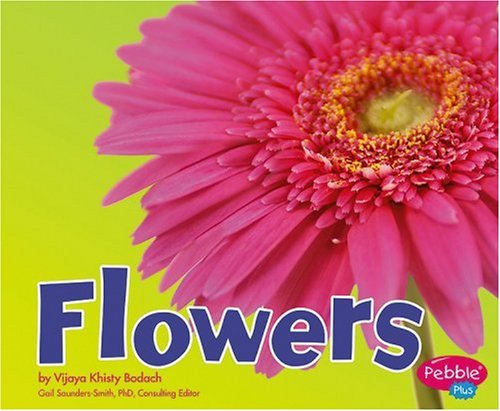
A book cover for Flowers (Plant Parts); Vijaya Khisty Bodach; Children's Books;